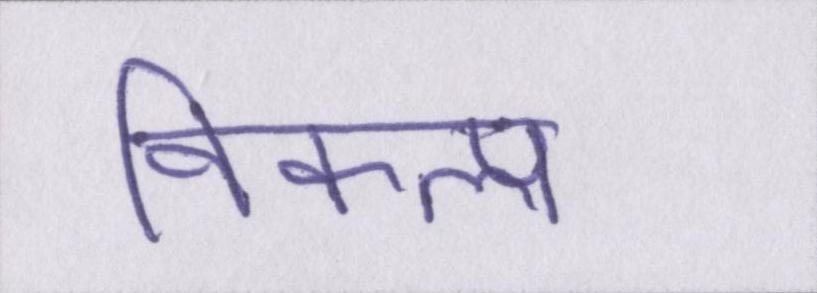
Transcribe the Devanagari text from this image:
विकल्प